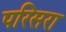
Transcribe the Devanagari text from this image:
परिसरा